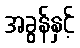
အခွန်နှင့်